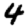
Digit: 4